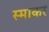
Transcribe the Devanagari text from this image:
स्‍माकर